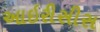
આઇરીસીસ